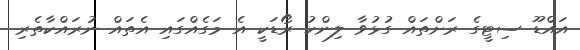
އައްޑޫ ސިޓީގެ ރަށްތައް ގުޅުވާ ލިންކު ރޯޑަކީ އެ މަގެއްގައި އެތައް ނުރައްކާތެރި